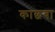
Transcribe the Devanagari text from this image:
काछबा